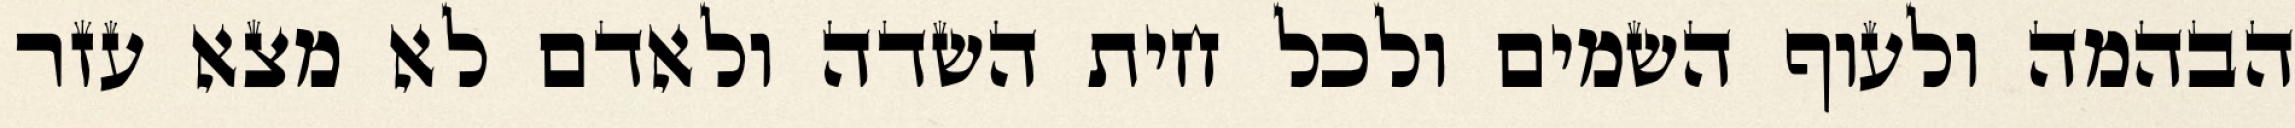
הבהמה ולעוף השמים ולכל חית השדה ולאדם לא מצא עזר